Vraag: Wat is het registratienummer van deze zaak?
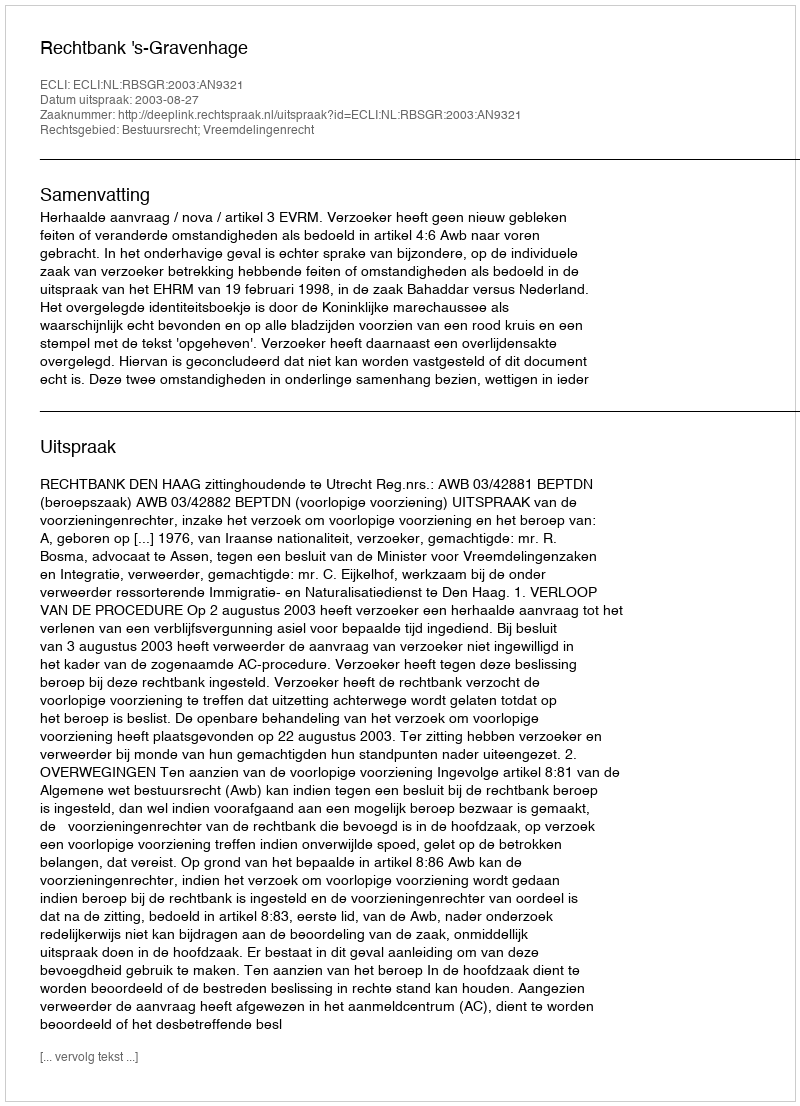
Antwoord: http://deeplink.rechtspraak.nl/uitspraak?id=ECLI:NL:RBSGR:2003:AN9321